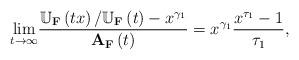
LaTeX: \begin{align*}\underset{t\rightarrow \infty }{\lim }\dfrac{\mathbb{U}_{\mathbf{F}}\left(tx\right) /\mathbb{U}_{\mathbf{F}}\left( t\right) -x^{\gamma _{1}}}{\mathbf{A}_{\mathbf{F}}\left( t\right) }=x^{\gamma _{1}}\dfrac{x^{\tau _{1}}-1}{\tau_{1}}, \end{align*}